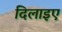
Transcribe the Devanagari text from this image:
दिलाइए